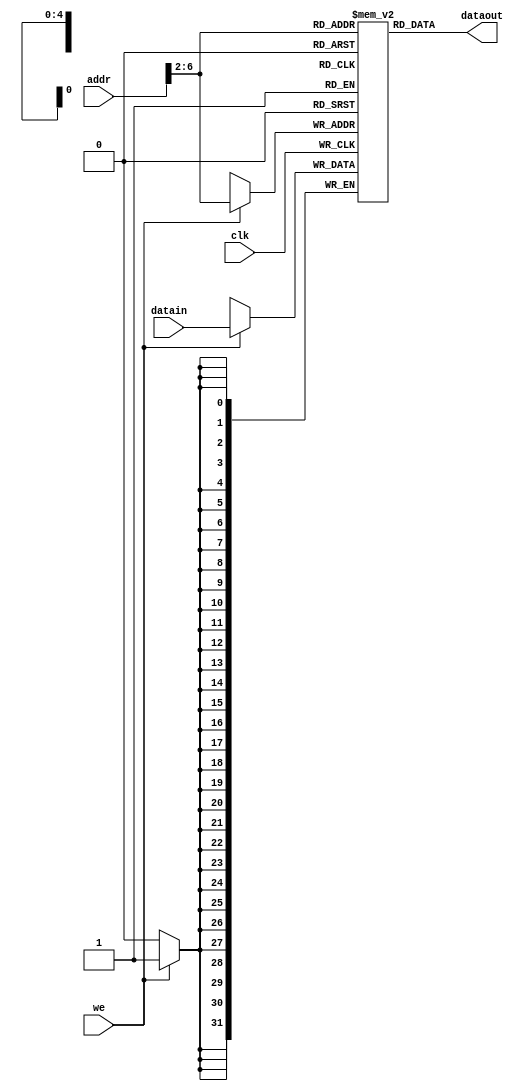
// module pipemem (we, addr, datain, clk, inclk, outclk, dataout);

// endmodule

// CPU
module pipemem (clk, dataout, datain, addr, we);
    input clk;
    input [31:0] addr;
    input [31:0] datain;
    input        we;

    output [31:0] dataout;

    reg  [31:0] ram [0:31];

    assign dataout = ram[addr[6:2]];

    always @ (posedge clk) begin
        if (we) ram[addr[6:2]] = datain;
    end

    integer i;
    initial begin
        for (i = 0; i < 32; i = i + 1)
            ram[i] = 0; 
        ram[5'h14] = 32'h000000a3;
        ram[5'h15] = 32'h00000027;
        ram[5'h16] = 32'h00000079;
        ram[5'h17] = 32'h00000115;
    end
endmodule